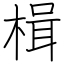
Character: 楫